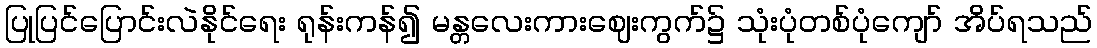
ပြုပြင်ပြောင်းလဲနိုင်ရေး ရုန်းကန်၍ မန္တလေးကားဈေးကွက်၌ သုံးပုံတစ်ပုံကျော် အိပ်ရသည်